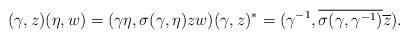
LaTeX: \begin{align*}(\gamma,z)(\eta,w)=(\gamma\eta,\sigma(\gamma,\eta)zw) (\gamma,z)^*=(\gamma^{-1},\overline{\sigma(\gamma,\gamma^{-1})}\overline{z}). \end{align*}